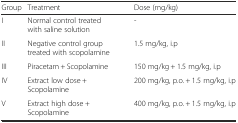
<table><thead><tr><td><b>Group</b></td><td><b>Treatment</b></td><td><b>Dose (mg/kg)</b></td></tr></thead><tbody><tr><td>I</td><td>Normal control treated with saline solution</td><td>-</td></tr><tr><td>II</td><td>Negative control group treated with scopolamine</td><td>1.5 mg/kg, i.p</td></tr><tr><td>III</td><td>Piracetam + Scopolamine</td><td>150 mg/kg + 1.5 mg/kg, i.p</td></tr><tr><td>IV</td><td>Extract low dose + Scopolamine</td><td>200 mg/kg, p.o. + 1.5 mg/kg, i.p</td></tr><tr><td>V</td><td>Extract high dose + Scopolamine</td><td>400 mg/kg, p.o. + 1.5 mg/kg, i.p</td></tr></tbody></table>